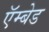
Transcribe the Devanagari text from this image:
ऍम्बेड